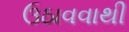
ઉઠાવવાથી